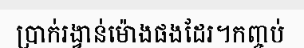
ប្រាក់រង្វាន់ម៉ោងផងដែរ។កញ្ចប់